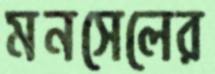
মনসেলের